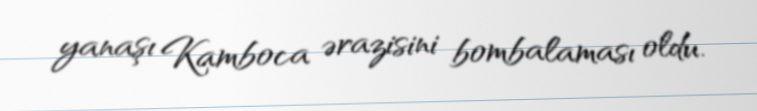
yanaşı Kamboca ərazisini bombalaması oldu.